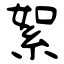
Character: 絮